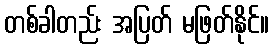
တစ်ခါတည်း အပြတ် မဖြတ်နိုင်။